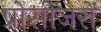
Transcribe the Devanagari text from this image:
प्रोसीजरों